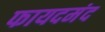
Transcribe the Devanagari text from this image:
फायदमंद